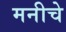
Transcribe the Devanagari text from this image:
मनीचे